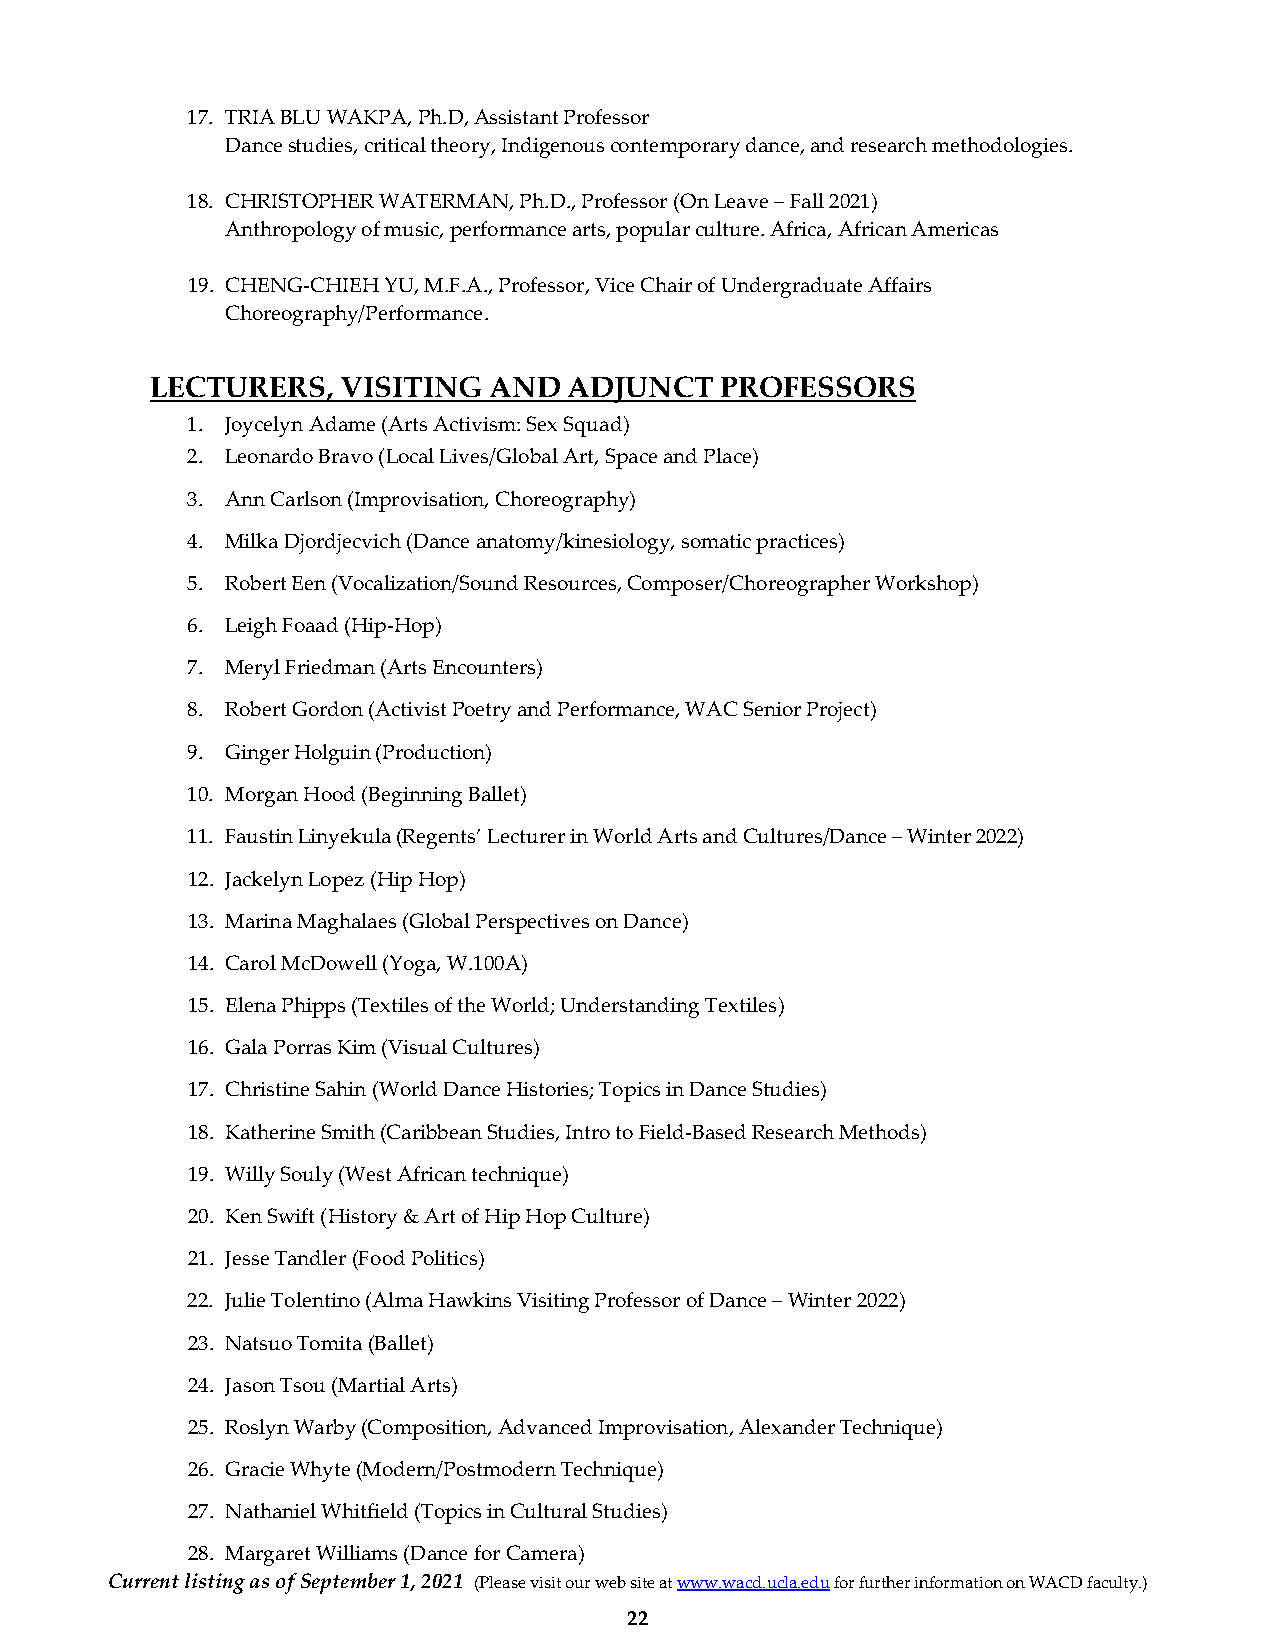
17. TRIA BLU WAKPA, Ph.D, Assistant Professor
 Dance studies, critical theory, Indigenous contemporary dance, and research methodologies.
 18. CHRISTOPHER WATERMAN, Ph.D., Professor (On Leave – Fall 2021)
 Anthropology of music, performance arts, popular culture. Africa, African Americas
 19. CHENG-CHIEH YU, M.F.A., Professor, Vice Chair of Undergraduate Affairs
 Choreography/Performance.
 LECTURERS,   VISITING AND   ADJUNCT   PROFESSORS
 1. Joycelyn Adame (Arts Activism: Sex Squad)
 2. Leonardo Bravo (Local Lives/Global Art, Space and Place)
 3. Ann Carlson (Improvisation, Choreography)
 4. Milka Djordjecvich (Dance anatomy/kinesiology, somatic practices)
 5. Robert Een (Vocalization/Sound Resources, Composer/Choreographer Workshop)
 6. Leigh Foaad (Hip-Hop)
 7. Meryl Friedman (Arts Encounters)
 8. Robert Gordon (Activist Poetry and Performance, WAC Senior Project)
 9. Ginger Holguin (Production)
 10. Morgan Hood (Beginning Ballet)
 11. Faustin Linyekula (Regents’ Lecturer in World Arts and Cultures/Dance – Winter 2022)
 12. Jackelyn Lopez (Hip Hop)
 13. Marina Maghalaes (Global Perspectives on Dance)
 14. Carol McDowell (Yoga, W.100A)
 15. Elena Phipps (Textiles of the World; Understanding Textiles)
 16. Gala Porras Kim (Visual Cultures)
 17. Christine Sahin (World Dance Histories; Topics in Dance Studies)
 18. Katherine Smith (Caribbean Studies, Intro to Field-Based Research Methods)
 19. Willy Souly (West African technique)
 20. Ken Swift (History & Art of Hip Hop Culture)
 21. Jesse Tandler (Food Politics)
 22. Julie Tolentino (Alma Hawkins Visiting Professor of Dance – Winter 2022)
 23. Natsuo Tomita (Ballet)
 24. Jason Tsou (Martial Arts)
 25. Roslyn Warby (Composition, Advanced Improvisation, Alexander Technique)
 26. Gracie Whyte (Modern/Postmodern Technique)
 27. Nathaniel Whitfield (Topics in Cultural Studies)
 28. Margaret Williams (Dance for Camera)
 Current listing as of September 1, 2021 (Please visit our web site at www.wacd.ucla.edu for further information on WACD faculty.)
 22